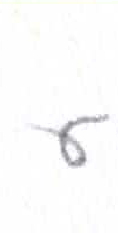
אות: ע